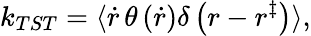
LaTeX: k_{TST}=\langle\dot{r}\, \theta\left(\dot{r}\right)\delta\left(r-r^{\ddagger}\right)\rangle,